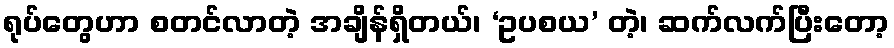
ရုပ်တွေဟာ စတင်လာတဲ့ အချိန်ရှိတယ်၊ ‘ဥပစယ’ တဲ့၊ ဆက်လက်ပြီးတော့